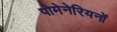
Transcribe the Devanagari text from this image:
पोमेनेरियनों